Indian journal of veterinary science and animal husbandry - Volume 7,
Year: 1937
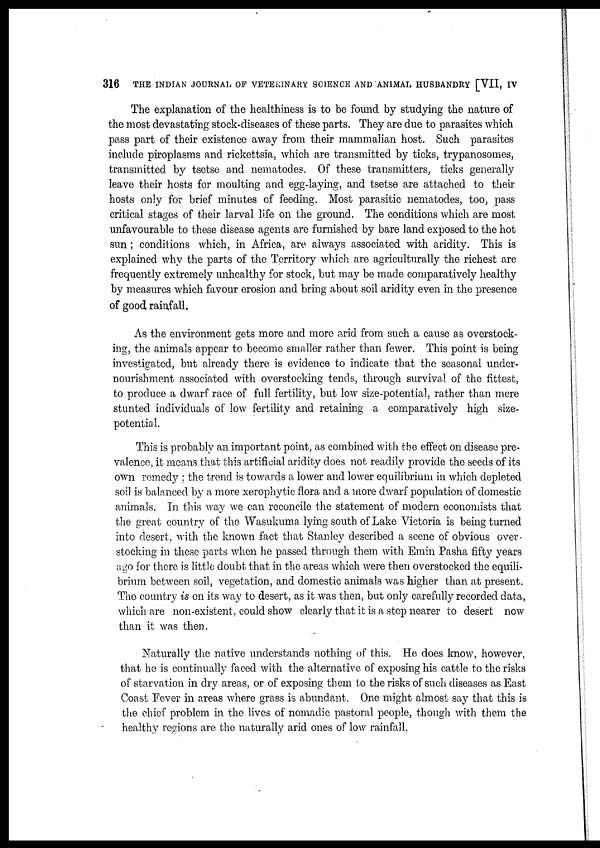
316
THE INDIAN JOURNAL OF VETERINARY SCIENCE AND ANIMAL HUSBANDRY [VII, IV
The explanation of the healthiness is to be found by studying the nature of
the most devastating stock-diseases of these parts. They are due to parasites which
pass part of their existence away from their mammalian host. Such parasites
include piroplasms and rickettsia, which are transmitted by ticks, trypanosomes,
transmitted by tsetse and nematodes. Of these transmitters, ticks generally
leave their hosts for moulting and egg-laying, and tsetse are attached to their
hosts only for brief minutes of feeding. Most parasitic nematodes, too, pass
critical stages of their larval life on the ground. The conditions which are most
unfavourable to these disease agents are furnished by bare land exposed to the hot
sun ; conditions which, in Africa, are always associated with aridity. This is
explained why the parts of the Territory which are agriculturally the richest are
frequently extremely unhealthy for stock, but may be made comparatively healthy
by measures which favour erosion and bring about soil aridity even in the presence
of good rainfall.
As the environment gets more and more arid from such a cause as overstock-
ing, the animals appear to become smaller rather than fewer. This point is being
investigated, but already there is evidence to indicate that the seasonal under-
nourishment associated with overstocking tends, through survival of the fittest,
to produce a dwarf race of full fertility, but low size-potential, rather than mere
stunted individuals of low fertility and retaining a comparatively high size-
potential.
This is probably an important point, as combined with the effect on disease pre-
valence, it means that this artificial aridity does not readily provide the seeds of its
own remedy ; the trend is towards a lower and lower equilibrium in which depleted
soil is balanced by a more xerophytic flora and a more dwarf population of domestic
animals. In this way we can reconcile the statement of modern economists that
the great country of the Wasukuma lying south of Lake Victoria is being turned
into desert, with the known fact that Stanley described a scene of obvious over-
stocking in these parts when he passed through them with Emin Pasha fifty years
ago for there is little doubt that in the areas which were then overstocked the equili-
brium between soil, vegetation, and domestic animals was higher than at present.
The country is on its way to desert, as it was then, but only carefully recorded data,
which are non-existent, could show clearly that it is a step nearer to desert now
than it was then.
Naturally the native understands nothing of this. He does know, however,
that he is continually faced with the alternative of exposing his cattle to the risks
of starvation in dry areas, or of exposing them to the risks of such diseases as East
Coast Fever in areas where grass is abundant. One might almost say that this is
the chief problem in the lives of nomadic pastoral people, though with them the
healthy regions are the naturally arid ones of low rainfall.